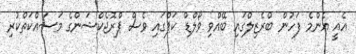
އެއީ އެންމެ ފަހުން ބްރެޒިލްގައި ބޭއްވި ވޯލްޑް ކަޕްގައި ވެސް ޕްރޮޖެކްޝަންގެ މަސައްކަތްކުރި